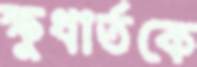
ক্ষুধার্তকে